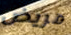
مريض